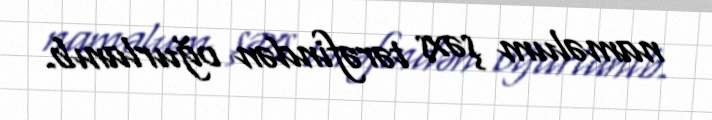
naməlum şəxs tərəfindən oğurlanıb.